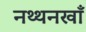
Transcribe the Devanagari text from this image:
नथ्थनखाँ